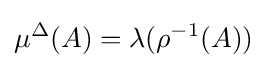
\mu ^{\Delta }(A)=\lambda (\rho ^{-1}(A))